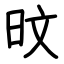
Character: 旼